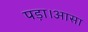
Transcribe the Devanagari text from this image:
पड़ा।आसा